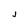
Character: j